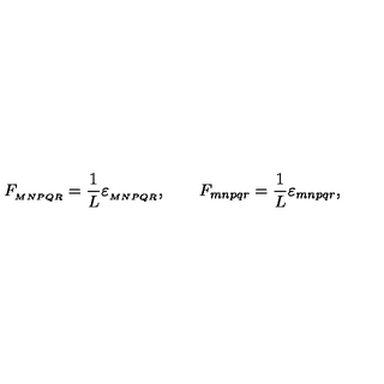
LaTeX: { F _ { _ { M N P Q R } } = \frac { 1 } { L } \varepsilon _ { _ { M N P Q R } } , \qquad F _ { m n p q r } = \frac { 1 } { L } \varepsilon _ { m n p q r } , }